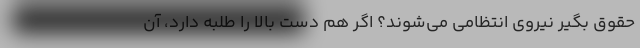
حقوق بگیر نیروی انتظامی می‌شوند؟ اگر هم دست بالا را طلبه دارد، آن